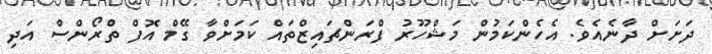
ދަށަށް ދާނެއެވެ. އެހެންކަމުން މަޝްހޫރު ފްރަންޗައިޒްތައް ކަމަށްވާ ގޭމް އޮފް ތްރޯންސް އަދި